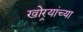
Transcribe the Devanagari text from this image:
खोर्‍यांच्या